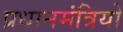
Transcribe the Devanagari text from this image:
प्रधानमंत्रियो